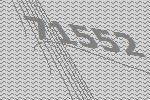
71552